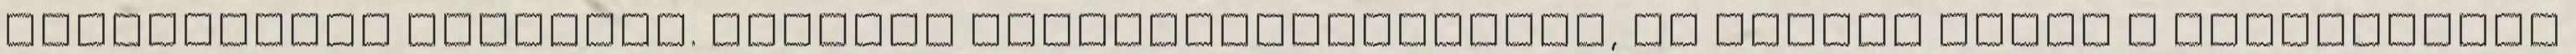
találhatnál magadnak. Dolgozz pálinkakészítőként, és legyél híres a legfinomabb